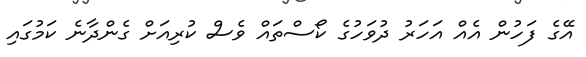
އޭގެ ފަހުން އެއް އަހަރު ދުވަހުގެ ކޯސްތައް ވެސް ކުރިއަށް ގެންދާނެ ކަމުގައި